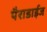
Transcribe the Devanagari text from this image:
पैराडाईज